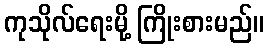
ကုသိုလ်ရေးမို့ ကြိုးစားမည်။